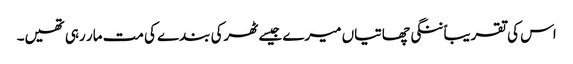
اس کی تقریباً ننگی چھاتیاں میرے جیسے ٹھرکی بندے کی مت مار رہی تھیں۔